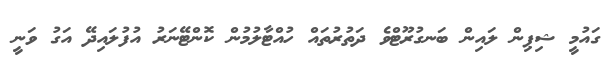
ގައުމީ ޝިޕިން ލައިން ބަނގުރޫޓްވެ ދަތުރުތައް ހުއްޓާލުމުން ކޮންޓޭނަރު އުފުލައިދޭ އަގު ވަނީ